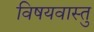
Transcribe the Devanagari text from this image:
विषयवास्तु